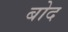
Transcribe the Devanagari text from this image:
बोद